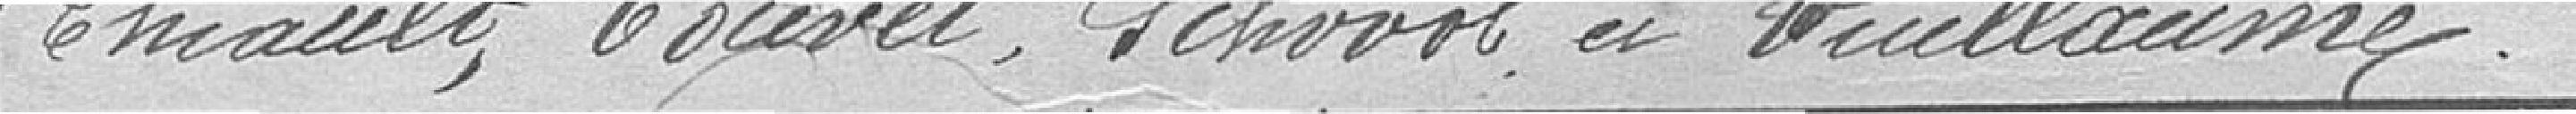
Thiault, Touvet, Schwal et Vuillaume